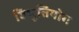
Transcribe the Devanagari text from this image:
विभुतियोग